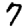
Digit: 7